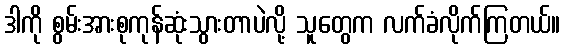
ဒါကို စွမ်းအားစုကုန်ဆုံးသွားတာပဲလို့ သူတွေက လက်ခံလိုက်ကြတယ်။